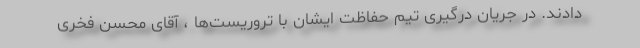
دادند. در جریان درگیری تیم حفاظت ایشان با تروریست‌ها ، آقای محسن فخری